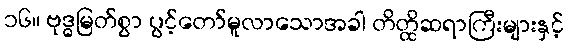
၁၆။ ဗုဒ္ဓမြတ်စွာ ပွင့်တော်မူလာသောအခါ တိတ္ထိဆရာကြီးများနှင့်